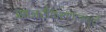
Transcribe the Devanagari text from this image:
साजरीकरणामध्ये